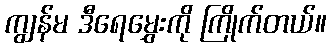
ကျွန်မ ဒီရေမွှေးကို ကြိုက်တယ်။